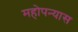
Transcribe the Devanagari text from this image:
महोपन्यास